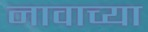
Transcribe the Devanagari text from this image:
नावाच्‍या